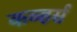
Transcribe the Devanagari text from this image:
कव्हर्स